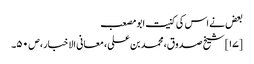
بعض نے اس کی کنیت ابو مصعب
[۱۷] شیخ صدوق، محمد بن علی، معانی الاخبار، ص ۵۰۔